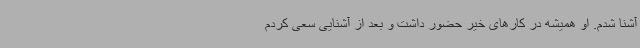
آشنا شدم. او همیشه در کارهای خیر حضور داشت و بعد از آشنایی سعی کردم